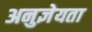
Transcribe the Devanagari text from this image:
अनुज्ञेयता